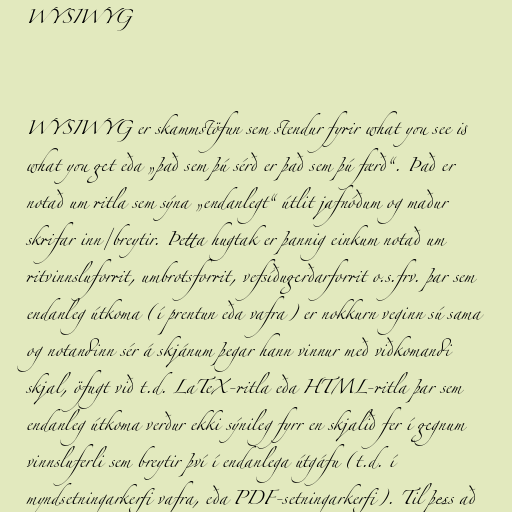
WYSIWYG

WYSIWYG er skammstöfun sem stendur fyrir what you see is
what you get eða „það sem þú sérð er það sem þú færð“. Það er
notað um ritla sem sýna „endanlegt“ útlit jafnóðum og maður
skrifar inn/breytir. Þetta hugtak er þannig einkum notað um
ritvinnsluforrit, umbrotsforrit, vefsíðugerðarforrit o.s.frv. þar sem
endanleg útkoma (í prentun eða vafra) er nokkurn veginn sú sama
og notandinn sér á skjánum þegar hann vinnur með viðkomandi
skjal, öfugt við t.d. LaTeX-ritla eða HTML-ritla þar sem
endanleg útkoma verður ekki sýnileg fyrr en skjalið fer í gegnum
vinnsluferli sem breytir því í endanlega útgáfu (t.d. í
myndsetningarkerfi vafra, eða PDF-setningarkerfi). Til þess að